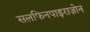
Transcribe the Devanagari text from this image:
सलफिनपाइराज़ोन